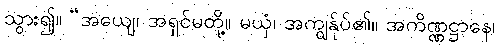
သွား၍။ “အယျေ၊ အရှင်မတို့။ မယှံ၊ အကျွန်ုပ်၏။ အကိဏ္ဏဋ္ဌာနေ၊